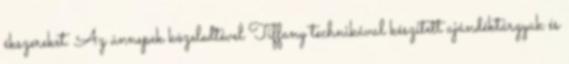
ékszereket. Az ünnepek közeledtével Tiffany technikával készített ajándéktárgyak és